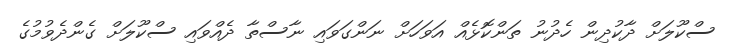
ސްކޫލަށް ދާކުދިން ހެދުނު ތަންކޮޅެއް އަވަހަށް ނަންގަވައި ނާސްތާ ދެއްވައި ސްކޫލަށް ގެންދެވުމުގެ